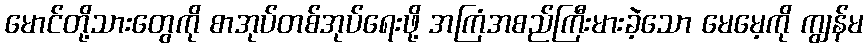
မောင်တို့သားတွေကို စာအုပ်တစ်အုပ်ရေးဖို့ အကြံအစည်ကြီးမားခဲ့သော မေမေ့ကို ကျွန်မ